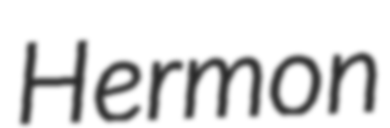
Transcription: Hermon